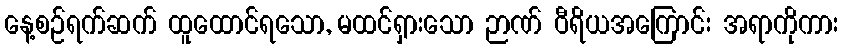
နေ့စဉ်ရက်ဆက် ထူထောင်ရသော, မထင်ရှားသော ဉာဏ် ဝီရိယအကြောင်း အရာကိုကား